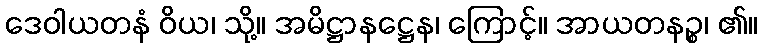
ဒေဝါယတနံ ဝိယ၊ သို့။ အမိဋ္ဌာနဋ္ဌေန၊ ကြောင့်။ အာယတနဉ္စ၊ ၏။